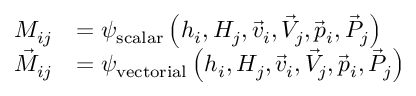
\begin{array} { r l } { M _ { i j } } & { = \psi _ { \mathrm { s c a l a r } } \left( h _ { i } , H _ { j } , \vec { v } _ { i } , \vec { V } _ { j } , \vec { p } _ { i } , \vec { P } _ { j } \right) } \\ { \vec { M } _ { i j } } & { = \psi _ { \mathrm { v e c t o r i a l } } \left( h _ { i } , H _ { j } , \vec { v } _ { i } , \vec { V } _ { j } , \vec { p } _ { i } , \vec { P } _ { j } \right) } \end{array}